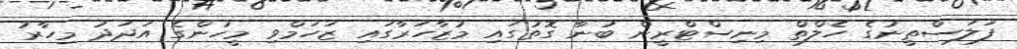
ފަލަސްތީނުގެ ހެލްތް މިނިސްޓްރީން ބުނާ ގޮތުގައި މުޒާހަރާގައި ޒަހަމްވި މީހުންގެ އަދަދު މިހާރު